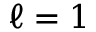
\ell = 1